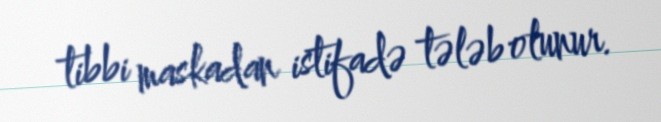
tibbi maskadan istifadə tələb olunur.